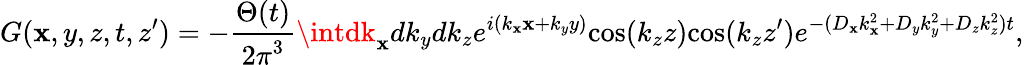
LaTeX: G(\mathbf{x},y,z,t,z^{\prime})=-\frac{{\Theta(t)}}{{{2\pi}^{3}}}\intdk_{\mathbf{x}}dk_{y}dk_{z}e^{i({k_{\mathbf{x}}}\mathbf{x}+{k_{y}}y)}\mathrm{{cos}}(k_{z}z)\mathrm{{cos}}(k_{z}z{'})e^{-({D_{\mathbf{x}}}{k_{\mathbf{x}}^{2}}+{D_{y}}{k_{y}^{2}}+{D_{z}}{k_{z}^{2}})t},